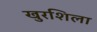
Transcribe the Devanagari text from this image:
खुरशिला